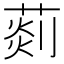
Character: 𦵹